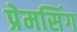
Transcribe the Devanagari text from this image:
प्रेमसिंग